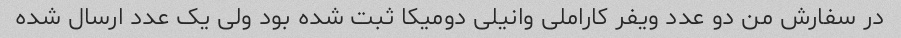
در سفارش من دو عدد ویفر کاراملی وانیلی دومیکا ثبت شده بود ولی یک عدد ارسال شده